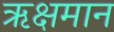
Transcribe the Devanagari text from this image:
ऋक्षमान